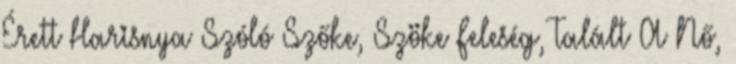
Érett Harisnya Szóló Szőke, Szöke Feleség, Talált A Nő,